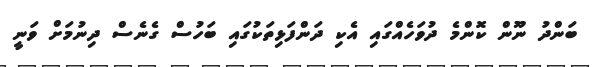
ބަންދު ނޫން ކޮންމެ ދުވަހެއްގައި އެކި ދަންފަޅިތަކުގައި ބަހުސް ގެނެސް ދިނުމަށް ވަނީ